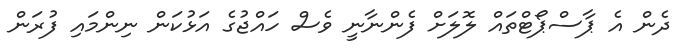
ދެން އެ ޕާސްޕޯޓްތައް ލޮލަށް ފެންނާނީ ވެސް ހައްޖުގެ އަޅުކަން ނިންމައި ފުރަން